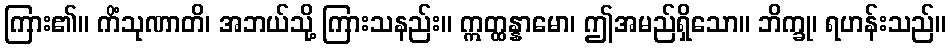
ကြား၏။ ကိံသုဏာတိ၊ အဘယ်သို့ ကြားသနည်း။ ဣတ္ထန္နာမော၊ ဤအမည်ရှိသော။ ဘိက္ခု၊ ရဟန်းသည်။